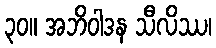
၃၀။ အဘိဝါဒန သီလိဿ၊